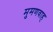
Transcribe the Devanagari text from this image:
मुमणवाह